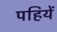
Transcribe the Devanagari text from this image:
पहियें